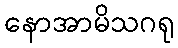
နောအာမိသဂရု